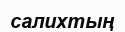
салихтың